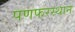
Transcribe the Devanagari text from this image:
पणफरस्थान